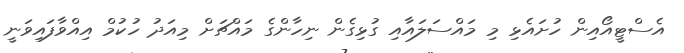
އެސްޓީއޯއިން ހުށައެޅި މި މައްސަލައާއި ގުޅިގެން ނިހާންގެ މައްޗަށް މިއަދު ހުކުމް އިއްވާފައިވަނީ